TRU_Ajalooring, lk 78
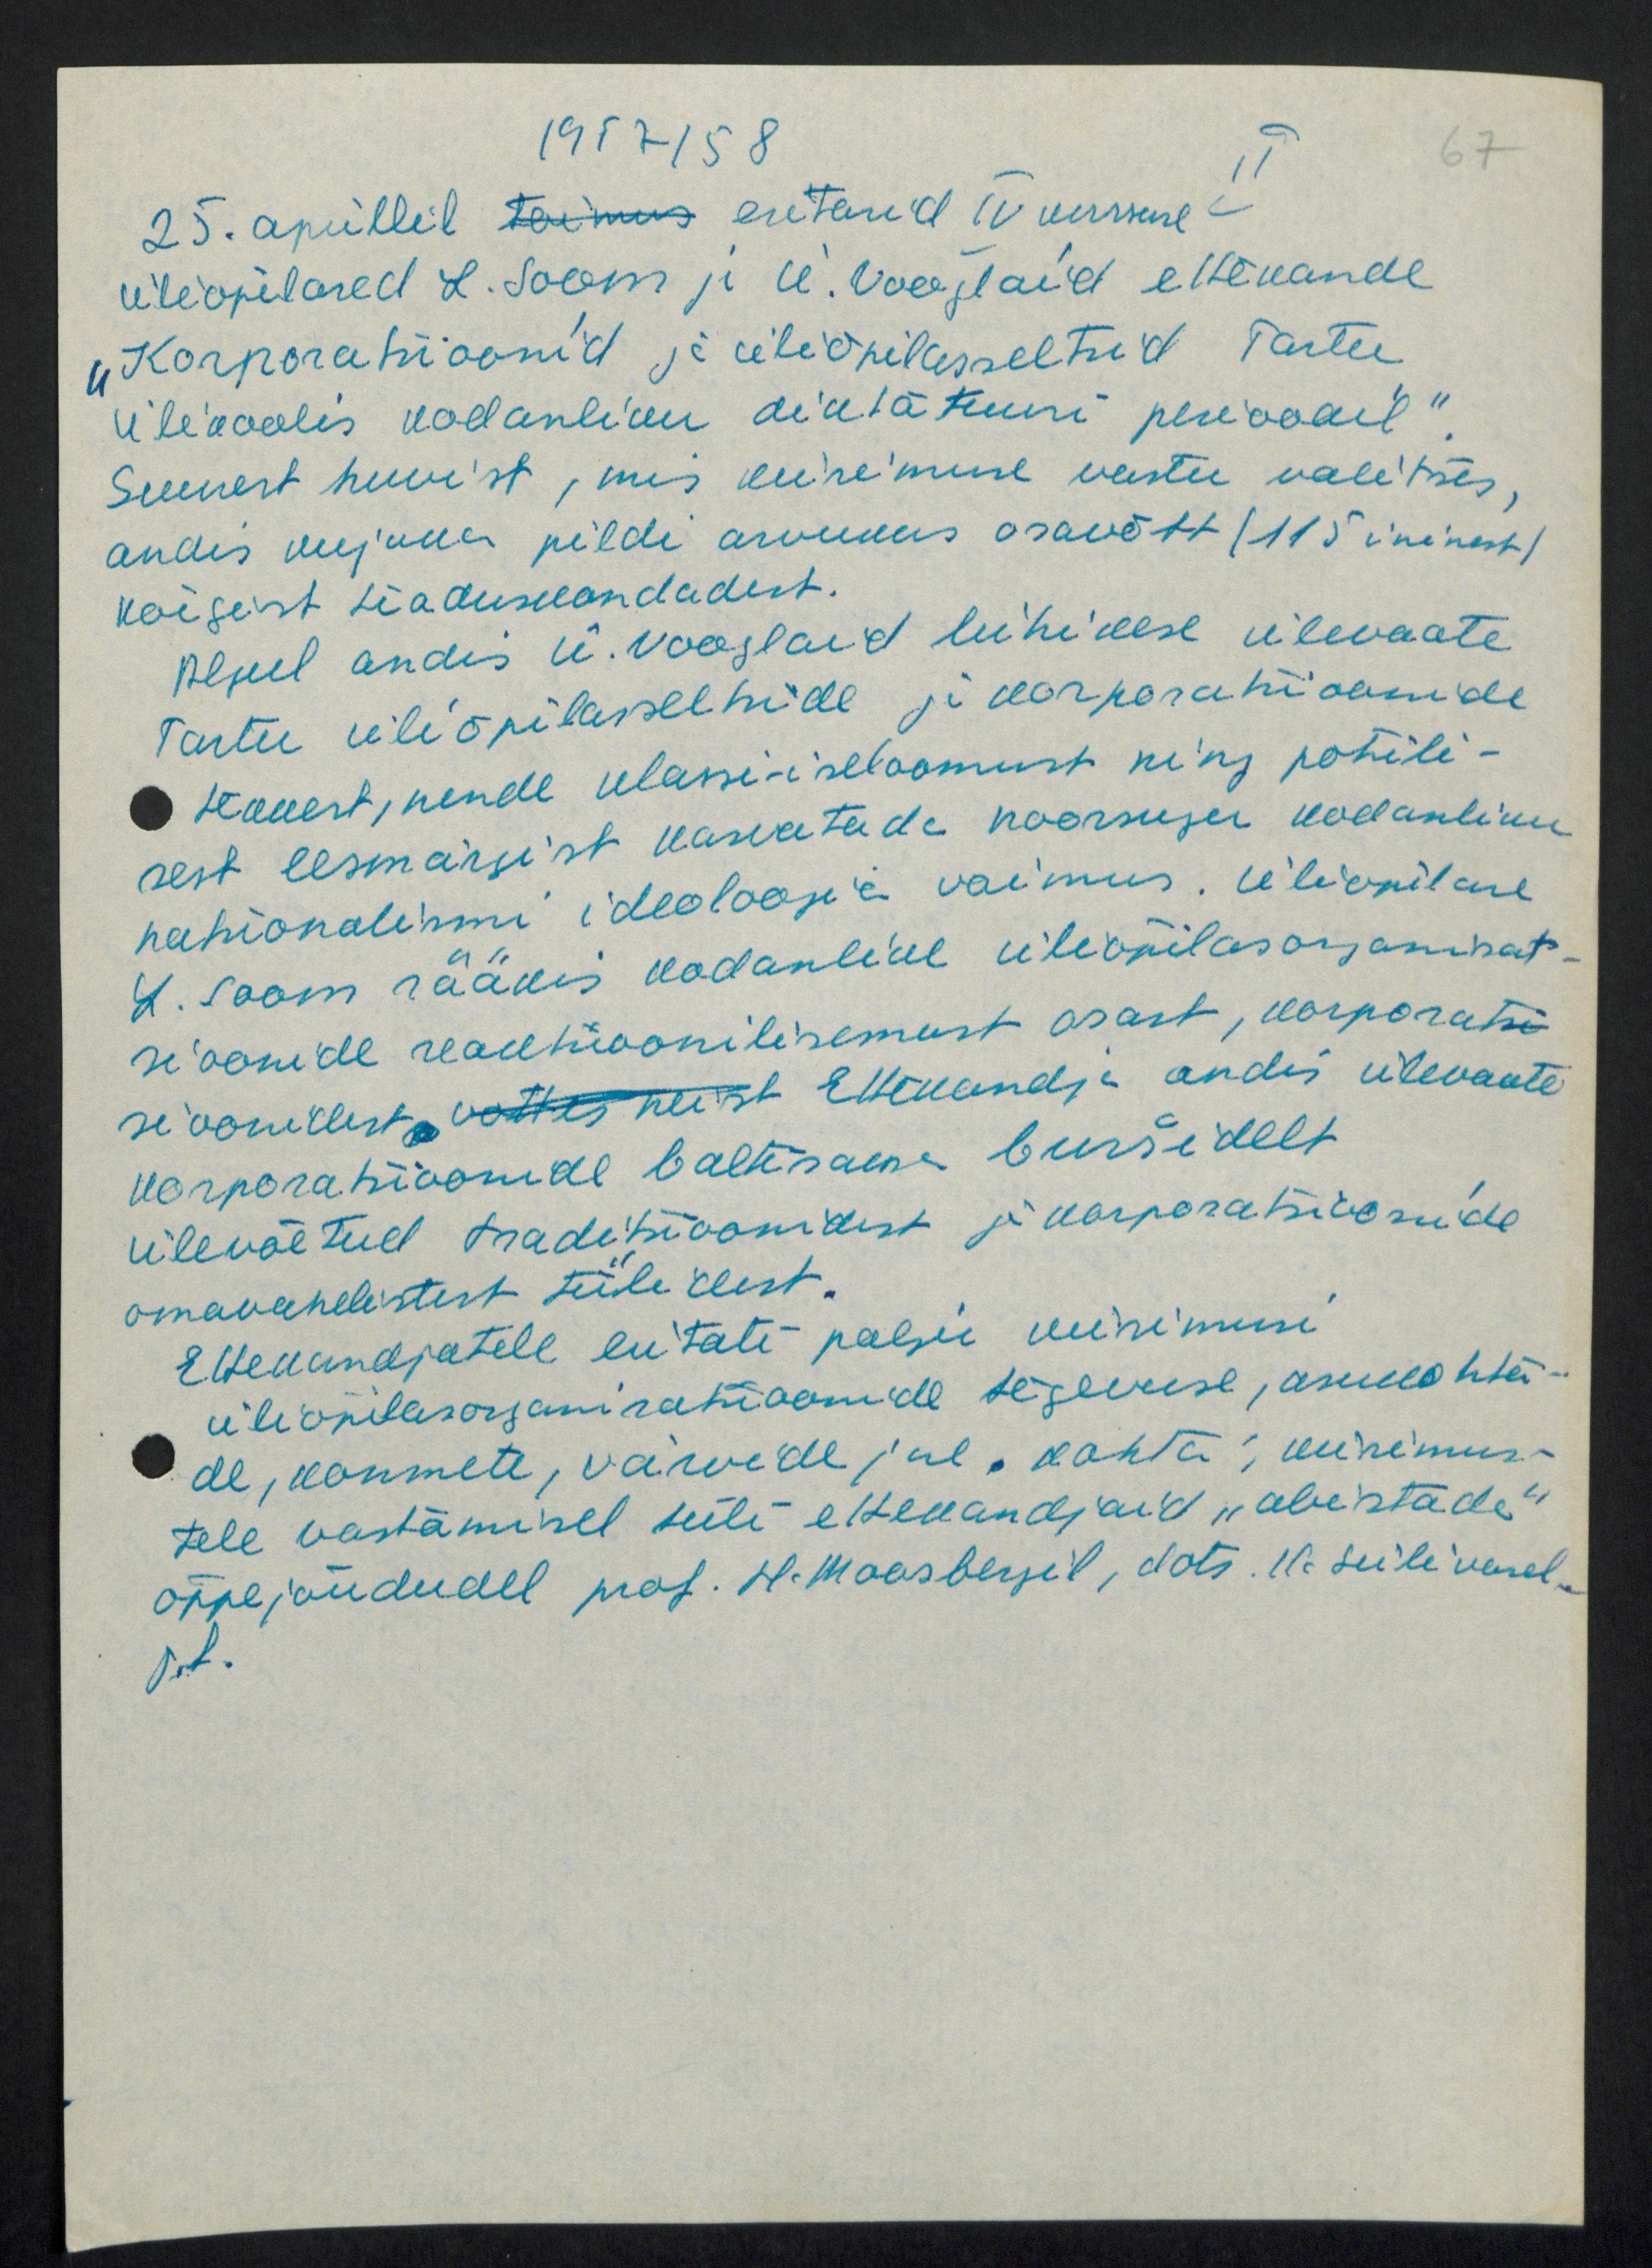
1957/ 58
67
25. aprillil toimus esitasid IV kursuse II
üliõpilased L. Soom ja Ü. Vooglaid ettekande
"Korporatsioonid ja üliõpilasseltsid Tartu
ülikoolis kodanliku diktatuuri perioodil".
Suurest huvist, mis esinemise vastu valitses,
andis kujuka pildi arvukas osavõtt (115 inimest)
kõigist teaduskondadest.
Algul andis Ü. Vooglaid lühikese ülevaate
Tartu üliõpilasseltside ja korparatsioonide
teavest, nende klassi-iseloomust ning põhili-
sest eesmärgist kasvatada noorsugu kodanliku
ratsionalismi ideoloogia vaimus. Üliõpilane
K. Soom rääkis kodanlike üliõpilasorganisat-
sioonide reaktsioonilisemast osast, korporatsi
sioonidest võttis neist Ettekandja andis ülevaate
korporatsioonide baltisaksa buršidelt
ülevõetud traditsioonidest ja korparatsioonide
omavahelistest tülidest.
Ettekandjatele esitati palju küsimusi
üliõpilasorganiratioonide tegevuse, asukohta-
de, kommete, värvide jne. kohta, küsimus-
tele vastamisel tuli ettekandjaid "abistada"
õppejõududel prof. H. Maasbergil, dots. H. Siilivask.
Sest.